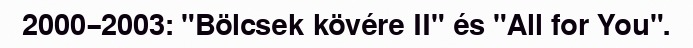
2000–2003: "Bölcsek kövére II" és "All for You".